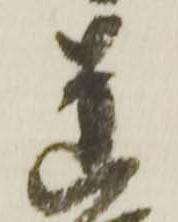
蓮